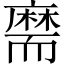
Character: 𦓡